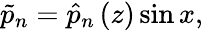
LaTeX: \tilde{p}_{n}=\hat{p}_{n}\left(z\right)\sin{x},